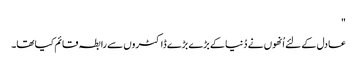
"
عادل کے لئے اُنھوں نے دُنیا کے بڑے بڑے ڈاکٹروں سے رابطہ قائم کیا تھا۔